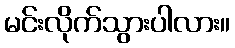
မင်းလိုက်သွားပါလား။